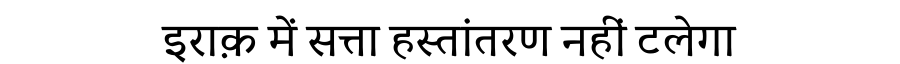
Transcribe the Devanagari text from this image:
इराक़ में सत्ता हस्तांतरण नहीं टलेगा